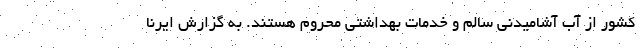
کشور از آب آشامیدنی سالم و خدمات بهداشتی محروم هستند. به گزارش ایرنا